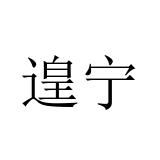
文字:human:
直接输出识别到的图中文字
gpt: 遑宁